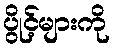
ပွိုင့်များကို